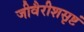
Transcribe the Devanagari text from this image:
जीवैरीशसृष्टं